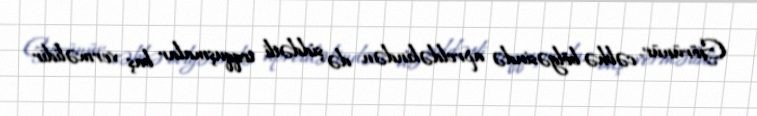
Görünür, cəbhə bölgəsində apreldəkindən də şiddətli toqquşmalar baş verməlidir